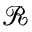
\mathcal { R }